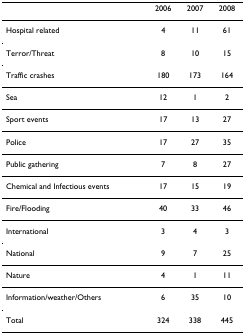
<table><thead><tr><td></td><td><b>2006</b></td><td><b>2007</b></td><td><b>2008</b></td></tr></thead><tbody><tr><td>Hospital related</td><td>4</td><td>11</td><td>61</td></tr><tr><td>Terror/Threat</td><td>8</td><td>10</td><td>15</td></tr><tr><td>Traffic crashes</td><td>180</td><td>173</td><td>164</td></tr><tr><td>Sea</td><td>12</td><td>1</td><td>2</td></tr><tr><td>Sport events</td><td>17</td><td>13</td><td>27</td></tr><tr><td>Police</td><td>17</td><td>27</td><td>35</td></tr><tr><td>Public gathering</td><td>7</td><td>8</td><td>27</td></tr><tr><td>Chemical and Infectious events</td><td>17</td><td>15</td><td>19</td></tr><tr><td>Fire/Flooding</td><td>40</td><td>33</td><td>46</td></tr><tr><td>International</td><td>3</td><td>4</td><td>3</td></tr><tr><td>National</td><td>9</td><td>7</td><td>25</td></tr><tr><td>Nature</td><td>4</td><td>1</td><td>11</td></tr><tr><td>Information/weather/Others</td><td>6</td><td>35</td><td>10</td></tr><tr><td>Total</td><td>324</td><td>338</td><td>445</td></tr></tbody></table>